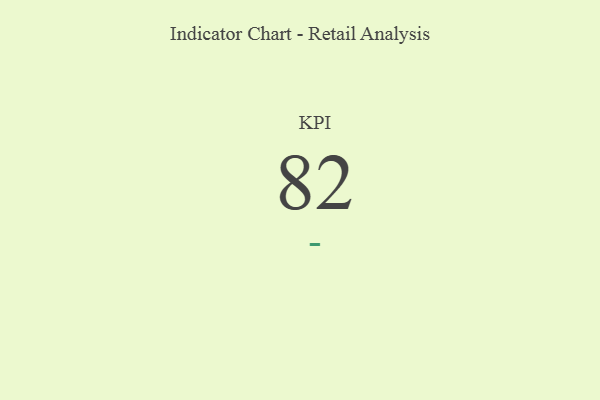
{"axis": {"x": "KPI", "y": "Value"}, "legend": [""], "data": [{"x": "KPI", "y": 82, "type": ""}]}